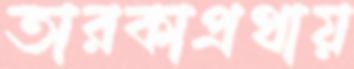
তারকাপ্রথায়